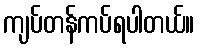
ကျပ်တန်ကပ်ရပါတယ်။